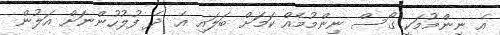
އެ ނިންމުމަކީ ގޯސް ނިންމުމެއް ކަމަށް ބަލައި އެ ދެ ފުލުހުންނަށް އަލުން